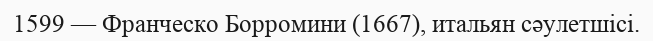
1599 — Франческо Борромини (1667), итальян сәулетшісі.